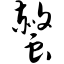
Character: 螫